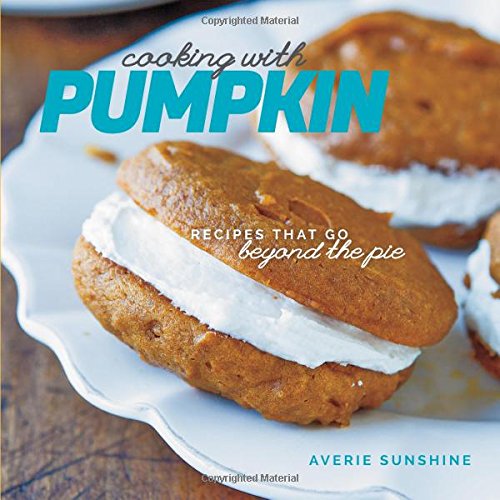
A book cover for Cooking with Pumpkin: Recipes That Go Beyond the Pie; Averie Sunshine; Cookbooks, Food & Wine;